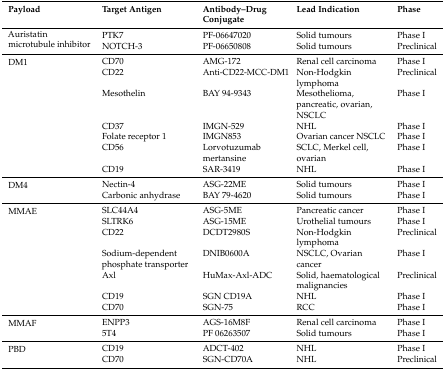
<table><thead><tr><td><b>Payload</b></td><td><b>Target Antigen</b></td><td><b>Antibody–Drug Conjugate</b></td><td><b>Lead Indication</b></td><td><b>Phase</b></td></tr></thead><tbody><tr><td rowspan="2">Auristatin microtubule inhibitor</td><td>PTK7</td><td>PF-06647020</td><td>Solid tumours</td><td>Phase I</td></tr><tr><td>NOTCH-3</td><td>PF-06650808</td><td>Solid tumours</td><td>Preclinical</td></tr><tr><td rowspan="7">DM1</td><td>CD70</td><td>AMG-172</td><td>Renal cell carcinoma</td><td>Phase I</td></tr><tr><td>CD22</td><td>Anti-CD22-MCC-DM1</td><td>Non-Hodgkin lymphoma</td><td>Preclinical</td></tr><tr><td>Mesothelin</td><td>BAY 94-9343</td><td>Mesothelioma, pancreatic, ovarian, NSCLC</td><td>Phase I</td></tr><tr><td>CD37</td><td>IMGN-529</td><td>NHL</td><td>Phase I</td></tr><tr><td>Folate receptor 1</td><td>IMGN853</td><td>Ovarian cancer NSCLC</td><td>Phase I</td></tr><tr><td>CD56</td><td>Lorvotuzumab mertansine</td><td>SCLC, Merkel cell, ovarian</td><td>Phase I</td></tr><tr><td>CD19</td><td>SAR-3419</td><td>NHL</td><td>Phase I</td></tr><tr><td rowspan="2">DM4</td><td>Nectin-4</td><td>ASG-22ME</td><td>Solid tumours</td><td>Phase I</td></tr><tr><td>Carbonic anhydrase</td><td>BAY 79-4620</td><td>Solid tumours</td><td>Phase I</td></tr><tr><td rowspan="7">MMAE</td><td>SLC44A4</td><td>ASG-5ME</td><td>Pancreatic cancer</td><td>Phase I</td></tr><tr><td>SLTRK6</td><td>ASG-15ME</td><td>Urothelial tumours</td><td>Phase I</td></tr><tr><td>CD22</td><td>DCDT2980S</td><td>Non-Hodgkin lymphoma</td><td>Preclinical</td></tr><tr><td>Sodium-dependent phosphate transporter</td><td>DNIB0600A</td><td>NSCLC, Ovarian cancer</td><td>Phase I</td></tr><tr><td>Axl</td><td>HuMax-Axl-ADC</td><td>Solid, haematological malignancies</td><td>Preclinical</td></tr><tr><td>CD19</td><td>SGN CD19A</td><td>NHL</td><td>Phase I</td></tr><tr><td>CD70</td><td>SGN-75</td><td>RCC</td><td>Phase I</td></tr><tr><td rowspan="2">MMAF</td><td>ENPP3</td><td>AGS-16M8F</td><td>Renal cell carcinoma</td><td>Phase I</td></tr><tr><td>5T4</td><td>PF 06263507</td><td>Solid tumours</td><td>Phase I</td></tr><tr><td rowspan="2">PBD</td><td>CD19</td><td>ADCT-402</td><td>NHL</td><td>Phase I</td></tr><tr><td>CD70</td><td>SGN-CD70A</td><td>NHL</td><td>Preclinical</td></tr></tbody></table>